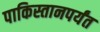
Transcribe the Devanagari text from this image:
पाकिस्तानपर्यंत